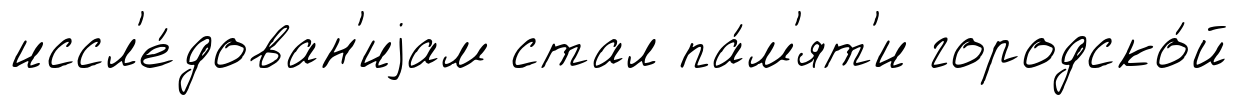
иссл'е́дован'иjам стал па́м'ят'и городско́й